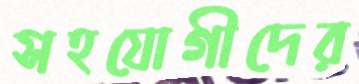
সহযোগীদের